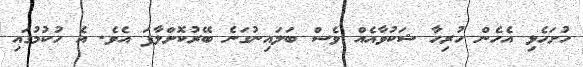
ހުށަހެޅި އެހެން ހުރިހާ ޝަކުވާއެއް ވެސް ބަލައިނުގަނެ ބޭރުކޮށްލާފަ އެވެ. އެ ހުކުމުގައި